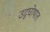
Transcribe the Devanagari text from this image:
उद्‌घोषात